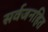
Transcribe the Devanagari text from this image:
सर्वजनहित